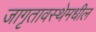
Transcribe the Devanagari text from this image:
जागृतावस्थेमधील